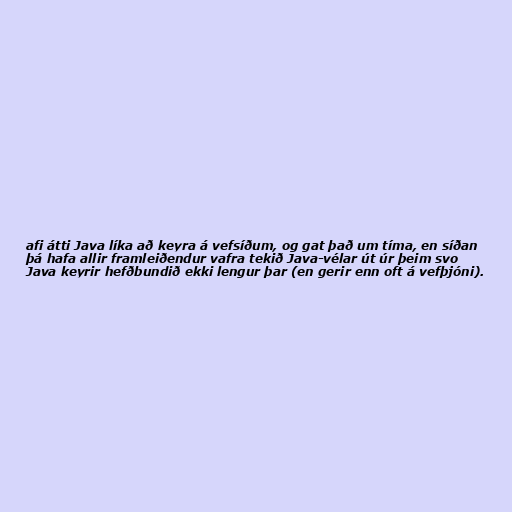
afi átti Java líka að keyra á vefsíðum, og gat það um tíma, en síðan
þá hafa allir framleiðendur vafra tekið Java-vélar út úr þeim svo
Java keyrir hefðbundið ekki lengur þar (en gerir enn oft á vefþjóni).